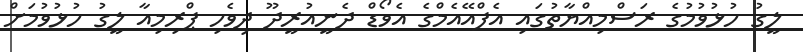
ލީގު ހުޅުވުމުގެ ރަސްމިއްޔާތުގައި އެފްއޭއެމްގެ އެވޯޑް ދެނީއުރީދޫ ދިވެހި ޕްރިމިއާ ލީގު ހުޅުވުމަށް